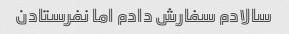
سالادم سفارش دادم اما نفرستادن